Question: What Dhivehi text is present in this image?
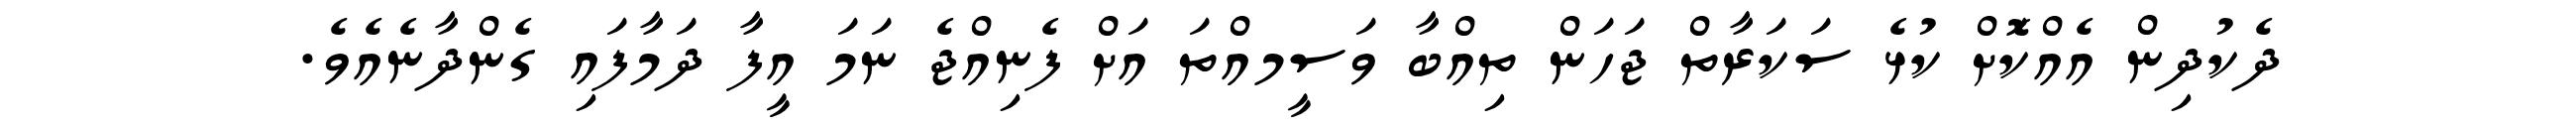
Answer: ދެކުދިން އެއްކޮަށް ކުޅެ ސަކަރާތް ޖަހަން ތިއްބާ ވަސީމއްތަ އަށް ފެނިއްޖެ ނަމަ އީފާ ދަމާފައި ގެންދާނެއެވެ.